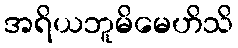
အရိယဘူမိမေဟိသိ